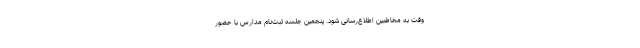
وقت به مخاطبین اطلاع‌رسانی شود. پنجمین جلسه ثبت‌نام مدارس با حضور